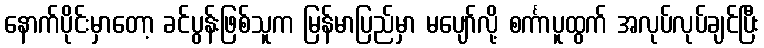
နောက်ပိုင်းမှာတော့ ခင်ပွန်းဖြစ်သူက မြန်မာပြည်မှာ မပျော်လို့ စင်္ကာပူထွက် အလုပ်လုပ်ချင်ပြီး